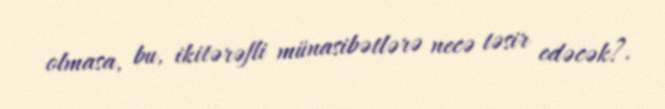
olmasa, bu, ikitərəfli münasibətlərə necə təsir edəcək?.